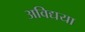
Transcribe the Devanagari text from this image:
अविद्यया